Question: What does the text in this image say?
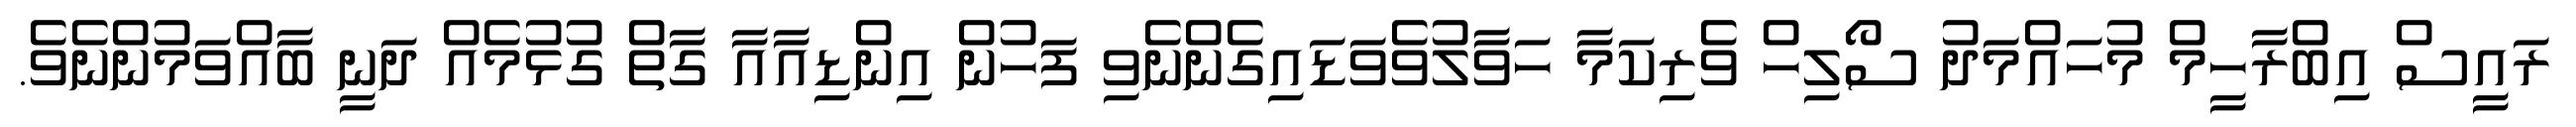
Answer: ރައީސް އިބްރާހީމް މުހައްމަދު ސޯލިހް ވެރިކަމާ ހަވާލުވެވަޑައިގެންނެވި ފަހުން އިންޑިއާއާ ގާތް ގުޅުމެއް ދަނީ ބާއްވަމުންނެވެ.